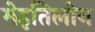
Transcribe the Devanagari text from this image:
मेइतिलोन